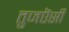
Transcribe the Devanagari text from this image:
तुजऎसी